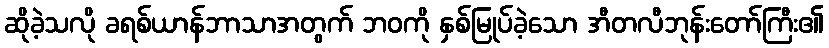
ဆိုခဲ့သလို ခရစ်ယာန်ဘာသာအတွက် ဘဝကို နှစ်မြုပ်ခဲ့သော အီတလီဘုန်းတော်ကြီး၏